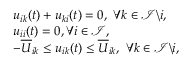
\begin{array} { r l } { ~ } & { u _ { i k } ( t ) + u _ { k i } ( t ) = 0 , ~ \forall k \in \mathcal { I } \backslash i , } \\ { ~ } & { u _ { i i } ( t ) = 0 , \forall i \in \mathcal { I } , } \\ { ~ } & { - \overline { { U } } _ { i k } \le u _ { i k } ( t ) \le \overline { { U } } _ { i k } , ~ \forall k \in \mathcal { I } \backslash i , } \end{array}